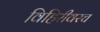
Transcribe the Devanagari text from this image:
विहिरीवरच